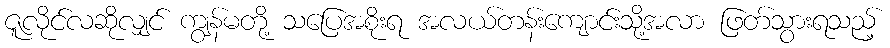
ဇူလိုင်လဆိုလျှင် ကျွန်မတို့ သပြေအစိုးရ အလယ်တန်းကျောင်းသို့အလာ ဖြတ်သွားရသည့်